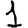
Digit: 1